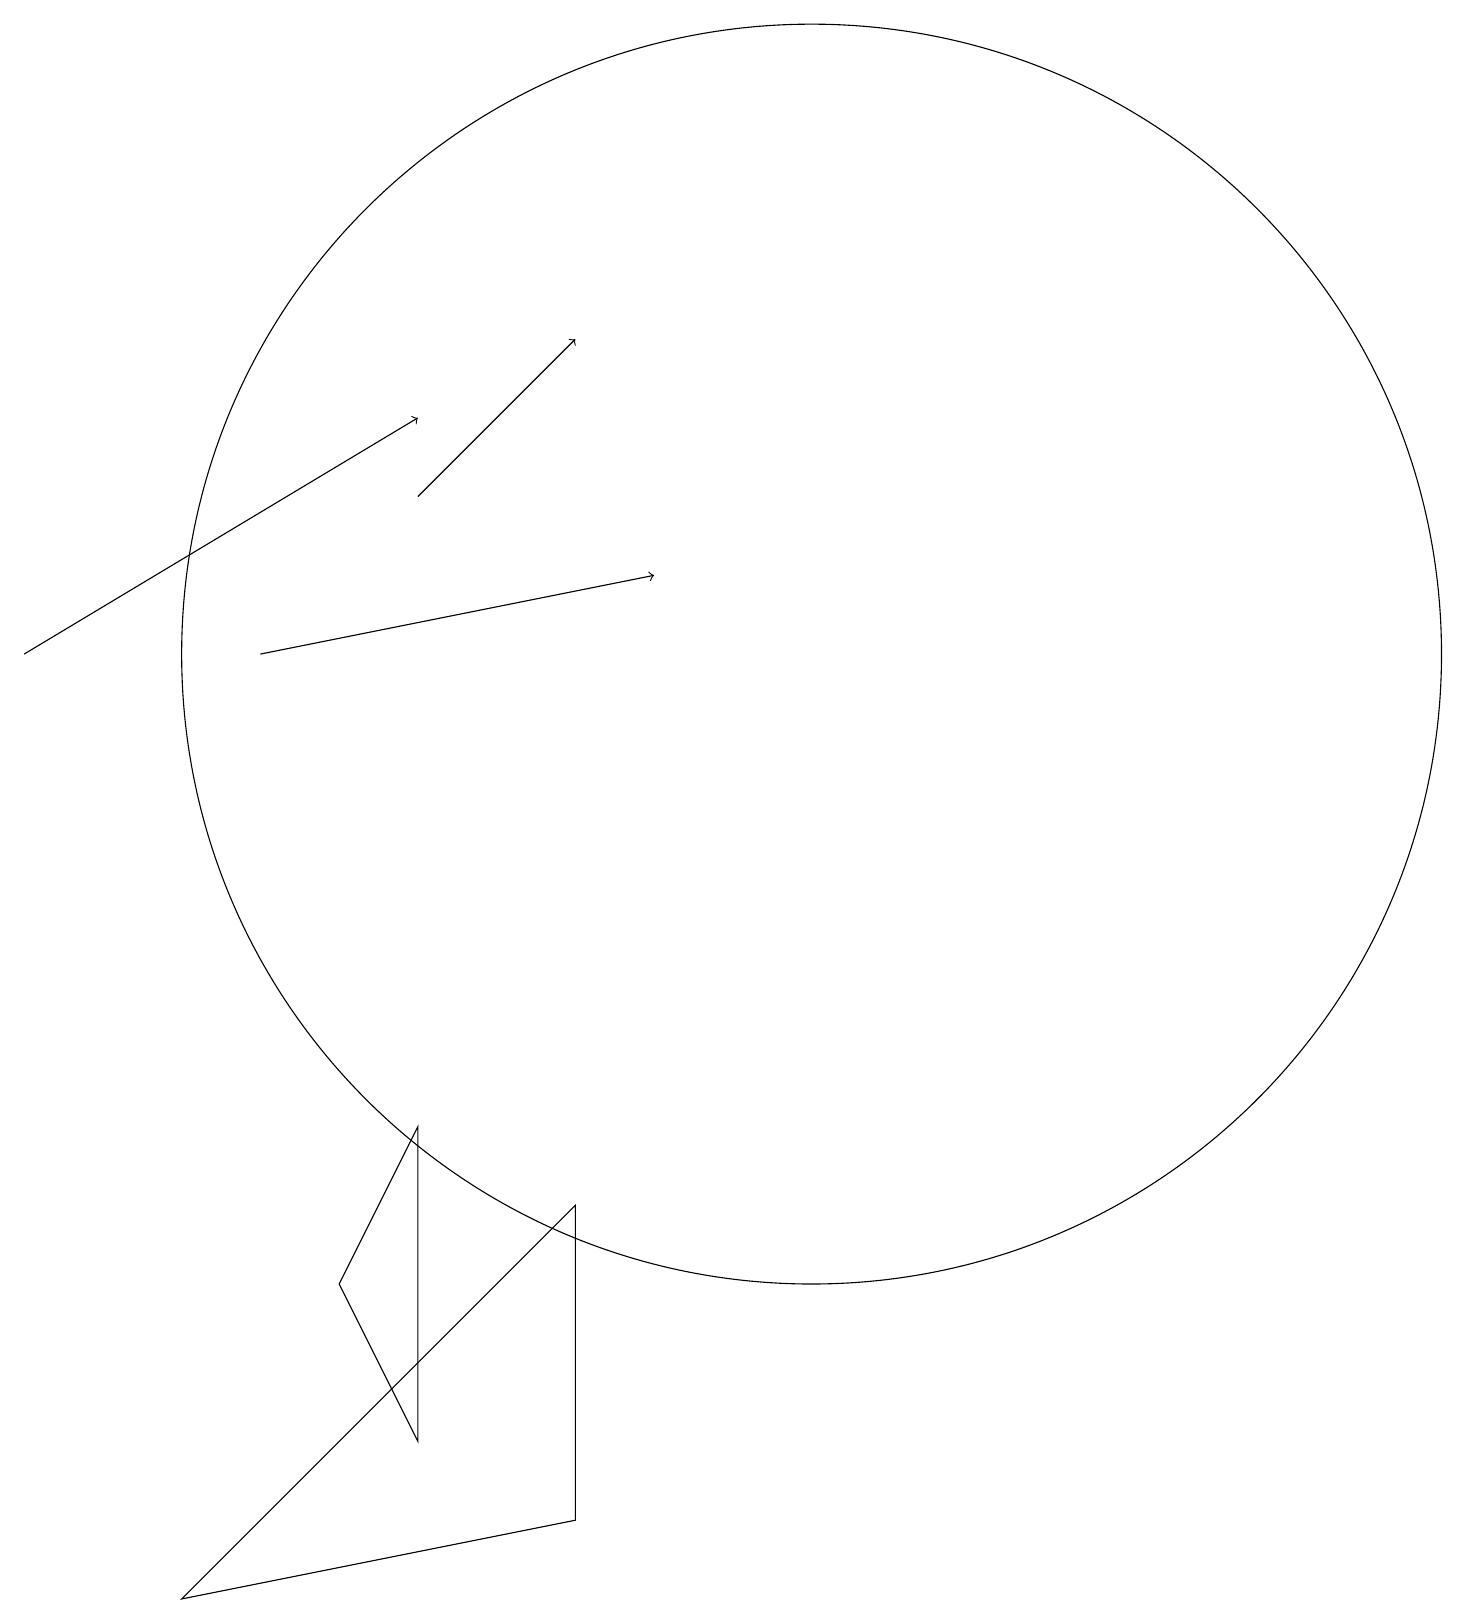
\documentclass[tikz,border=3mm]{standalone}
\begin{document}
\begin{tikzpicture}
\draw[->] (1,12) -- (6,15);
\draw (11,12) circle (8);
\draw[->] (6,14) -- (8,16);
\draw (6,6) -- (5,4) -- (6,2) -- cycle;
\draw (11,12) circle (0);
\draw[->] (4,12) -- (9,13);
\draw (12,12) circle (0);
\draw (8,5) -- (3,0) -- (8,1) -- cycle;
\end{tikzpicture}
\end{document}